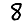
Digit: 8